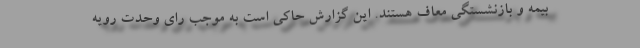
بیمه و بازنشستگی معاف هستند. این گزارش حاکی است به موجب رای وحدت رویه